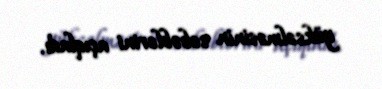
yüksəlməsinin səbəblərini açıqladı.